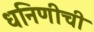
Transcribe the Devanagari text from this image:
धनिणीची